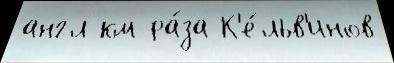
англ км ра́за К'е́льв'инов